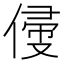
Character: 㑴